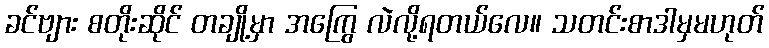
ခင်ဗျား စတိုးဆိုင် တချို့မှာ အကြွေ လဲလို့ရတယ်လေ။ သတင်းစာဒါမှမဟုတ်